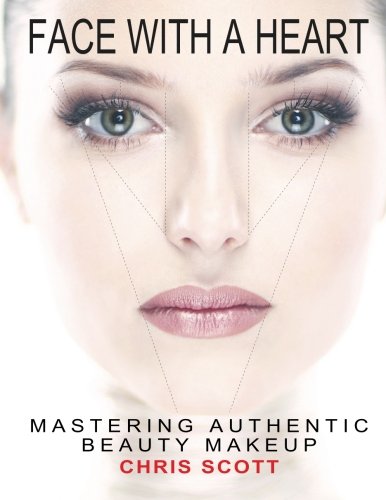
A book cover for Face with A Heart: Mastering Authentic Beauty Makeup; Chris Scott; Health, Fitness & Dieting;